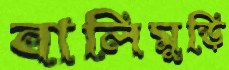
বালিমুড়ি